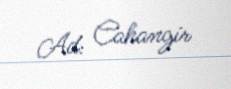
Ad: Cahangir